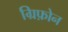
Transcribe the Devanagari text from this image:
ग्रिफ़ोन